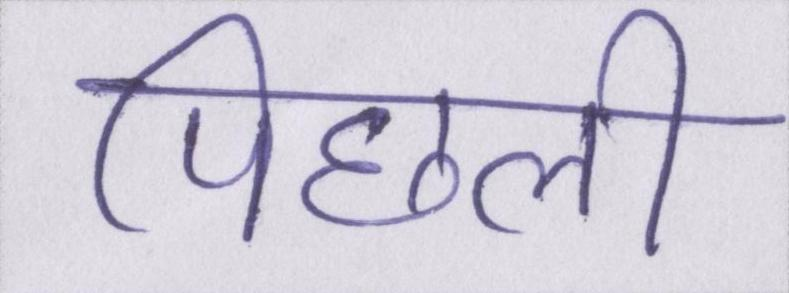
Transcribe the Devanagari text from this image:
पिछली